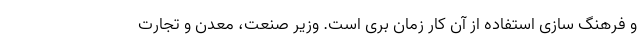
و فرهنگ سازی استفاده از آن کار زمان بری است. وزیر صنعت، معدن و تجارت